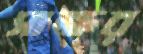
সাক্ষর